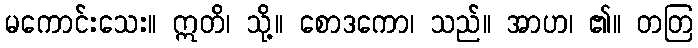
မကောင်းသေး။ ဣတိ၊ သို့။ စောဒကော၊ သည်။ အာဟ၊ ၏။ တတြ